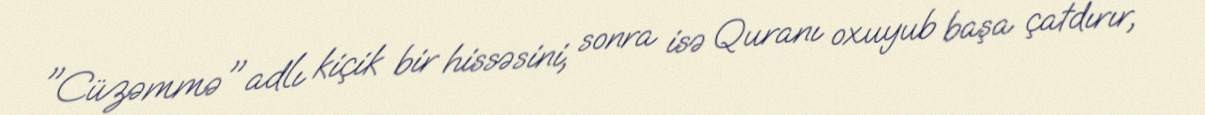
"Cüzəmmə" adlı kiçik bir hissəsini, sonra isə Quranı oxuyub başa çatdırır,